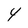
Character: 4